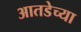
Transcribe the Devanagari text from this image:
आतडेच्या